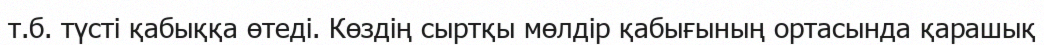
т.б. түсті қабыққа өтеді. Көздің сыртқы мөлдір қабығының ортасында қарашық